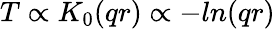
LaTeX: T\propto K_{0}(qr)\propto-ln(qr)